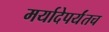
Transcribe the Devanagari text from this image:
मर्यादेपर्यंतच